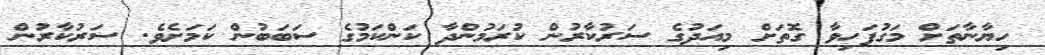
ހިޔާނާތަށް މަގުފަހިވާ ގޮތަށް މިއަދުގެ ސަރުކާރުން ކުރަމުންދާ ކަންކަމުގެ ސަބަބުން ކަމަށެވެ. ސަރުކާރުން